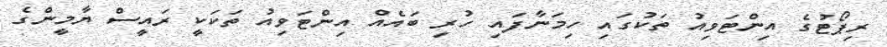
ރިޕޯޓުގެ އިންޓަވިއު ތަކުގައި ހިމަނާފައި ހުރި ބައެއް އިންޓަވިއު ތަކަކީ ރައީސް ޔާމީންގެ